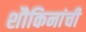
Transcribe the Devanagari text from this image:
शौकिनांची